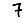
Digit: 7